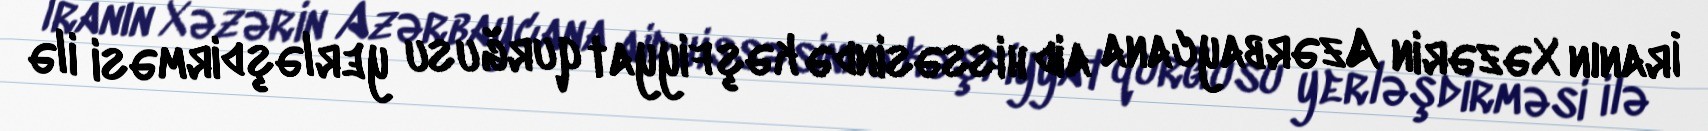
İranın Xəzərin Azərbaycana aid hissəsində kəşfiyyat qurğusu yerləşdirməsi ilə